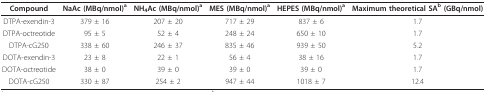
<table><thead><tr><td><b>Compound</b></td><td><b>NaAc (MBq/nmol)<sup>a</sup></b></td><td><b>NH<sub>4</sub>Ac (MBq/nmol)<sup>a</sup></b></td><td><b>MES (MBq/nmol)<sup>a</sup></b></td><td><b>HEPES (MBq/nmol)<sup>a</sup></b></td><td><b>Maximum theoretical SA<sup>b </sup>(GBq/nmol)</b></td></tr></thead><tbody><tr><td>DTPA-exendin-3</td><td>379 ± 16</td><td>207 ± 20</td><td>717 ± 29</td><td>837 ± 6</td><td>1.7</td></tr><tr><td>DTPA-octreotide</td><td>95 ± 5</td><td>52 ± 4</td><td>248 ± 24</td><td>650 ± 10</td><td>1.7</td></tr><tr><td>DTPA-cG250</td><td>338 ± 60</td><td>246 ± 37</td><td>835 ± 46</td><td>939 ± 50</td><td>5.2</td></tr><tr><td>DOTA-exendin-3</td><td>23 ± 8</td><td>22 ± 1</td><td>56 ± 4</td><td>38 ± 16</td><td>1.7</td></tr><tr><td>DOTA-octreotide</td><td>38 ± 0</td><td>39 ± 0</td><td>39 ± 0</td><td>39 ± 0</td><td>1.7</td></tr><tr><td>DOTA-cG250</td><td>330 ± 87</td><td>254 ± 2</td><td>947 ± 44</td><td>1018 ± 7</td><td>12.4</td></tr></tbody></table>